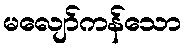
မလျော်ကန်သော